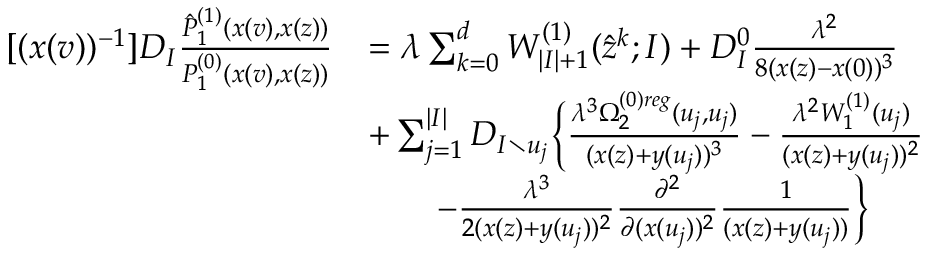
\begin{array} { r l } { [ ( x ( v ) ) ^ { - 1 } ] D _ { I } \frac { \hat { P } _ { 1 } ^ { ( 1 ) } ( x ( v ) , x ( z ) ) } { P _ { 1 } ^ { ( 0 ) } ( x ( v ) , x ( z ) ) } } & { = \lambda \sum _ { k = 0 } ^ { d } W _ { | I | + 1 } ^ { ( 1 ) } ( \hat { z } ^ { k } ; I ) + D _ { I } ^ { 0 } \frac { \lambda ^ { 2 } } { 8 ( x ( z ) - x ( 0 ) ) ^ { 3 } } } \\ & { + \sum _ { j = 1 } ^ { | I | } D _ { I \setminus u _ { j } } \Big \{ \frac { \lambda ^ { 3 } \Omega _ { 2 } ^ { ( 0 ) r e g } ( u _ { j } , u _ { j } ) } { ( x ( z ) + y ( u _ { j } ) ) ^ { 3 } } - \frac { \lambda ^ { 2 } W _ { 1 } ^ { ( 1 ) } ( u _ { j } ) } { ( x ( z ) + y ( u _ { j } ) ) ^ { 2 } } } \\ & { \qquad - \frac { \lambda ^ { 3 } } { 2 ( x ( z ) + y ( u _ { j } ) ) ^ { 2 } } \frac { \partial ^ { 2 } } { \partial ( x ( u _ { j } ) ) ^ { 2 } } \frac { 1 } { ( x ( z ) + y ( u _ { j } ) ) } \Big \} } \end{array}